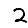
Digit: 2